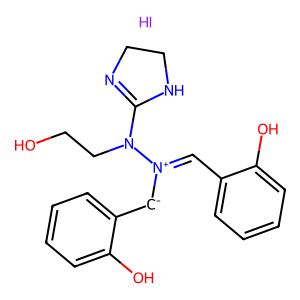
SMILES: I.OCCN(C1=NCCN1)[N+](=Cc1ccccc1O)[CH-]c1ccccc1O
Inhibits HIV replication: No